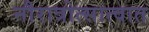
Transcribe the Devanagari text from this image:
नौरात्रोत्सात्वात